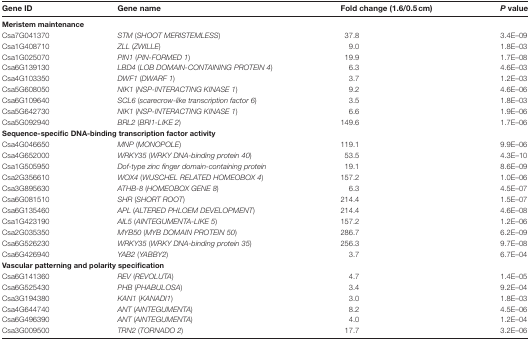
<table><thead><tr><td><b>Gene ID</b></td><td><b>Gene name</b></td><td><b>Fold change (1.6/0.5cm)</b></td><td><b><i>P</i> value</b></td></tr></thead><tbody><tr><td colspan="4"><b>Meristem maintenance</b></td></tr><tr><td>Csa7G041370</td><td><i>STM</i> (<i>SHOOT MERISTEMLESS</i>)</td><td>37.8</td><td>3.4E–09</td></tr><tr><td>Csa1G408710</td><td><i>ZLL</i> (<i>ZWILLE</i>)</td><td>9.0</td><td>1.8E–03</td></tr><tr><td>Csa1G025070</td><td><i>PIN1</i> (<i>PIN-FORMED 1</i>)</td><td>19.9</td><td>1.7E–08</td></tr><tr><td>Csa6G139130</td><td><i>LBD4</i> (<i>LOB DOMAIN-CONTAINING PROTEIN 4</i>)</td><td>6.3</td><td>4.6E–03</td></tr><tr><td>Csa4G103350</td><td><i>DWF1</i> (<i>DWARF 1</i>)</td><td>3.7</td><td>1.2E–03</td></tr><tr><td>Csa5G608050</td><td><i>NIK1</i> (<i>NSP-INTERACTING KINASE 1</i>)</td><td>9.2</td><td>4.6E–06</td></tr><tr><td>Csa6G109640</td><td><i>SCL6</i> (<i>scarecrow-like transcription factor 6</i>)</td><td>3.5</td><td>1.8E–03</td></tr><tr><td>Csa5G642730</td><td><i>NIK1</i> (<i>NSP-INTERACTING KINASE 1</i>)</td><td>6.6</td><td>1.9E–06</td></tr><tr><td>Csa5G092940</td><td><i>BRL2</i> (<i>BRI1-LIKE 2</i>)</td><td>149.6</td><td>1.7E–06</td></tr><tr><td colspan="4"><b>Sequence-specific DNA-binding transcription factor activity</b></td></tr><tr><td>Csa4G046650</td><td><i>MNP</i> (<i>MONOPOLE</i>)</td><td>119.1</td><td>9.9E–06</td></tr><tr><td>Csa4G652000</td><td><i>WRKY35</i> (<i>WRKY DNA-binding protein 40</i>)</td><td>53.5</td><td>4.3E–10</td></tr><tr><td>Csa1G505950</td><td><i>Dof-type zinc finger domain-containing protein</i></td><td>19.1</td><td>8.6E–09</td></tr><tr><td>Csa2G356610</td><td><i>WOX4</i> (<i>WUSCHEL RELATED HOMEOBOX 4</i>)</td><td>157.2</td><td>1.0E–06</td></tr><tr><td>Csa3G895630</td><td><i>ATHB-8</i> (<i>HOMEOBOX GENE 8</i>)</td><td>6.3</td><td>4.5E–07</td></tr><tr><td>Csa6G081510</td><td><i>SHR</i> (<i>SHORT ROOT</i>)</td><td>214.4</td><td>1.5E–07</td></tr><tr><td>Csa6G135460</td><td><i>APL</i> (<i>ALTERED PHLOEM DEVELOPMENT</i>)</td><td>214.4</td><td>4.6E–08</td></tr><tr><td>Csa1G423190</td><td><i>AIL5</i> (<i>AINTEGUMENTA-LIKE 5</i>)</td><td>157.2</td><td>1.2E–06</td></tr><tr><td>Csa2G035350</td><td><i>MYB50</i> (<i>MYB DOMAIN PROTEIN 50</i>)</td><td>286.7</td><td>6.2E–09</td></tr><tr><td>Csa6G526230</td><td><i>WRKY35</i> (<i>WRKY DNA-binding protein 35</i>)</td><td>256.3</td><td>9.7E–08</td></tr><tr><td>Csa6G426940</td><td><i>YAB2</i> (<i>YABBY2</i>)</td><td>3.7</td><td>6.7E–04</td></tr><tr><td colspan="4"><b>Vascular patterning and polarity specification</b></td></tr><tr><td>Csa6G141360</td><td><i>REV</i> (<i>REVOLUTA</i>)</td><td>4.7</td><td>1.4E–05</td></tr><tr><td>Csa6G525430</td><td><i>PHB</i> (<i>PHABULOSA</i>)</td><td>3.4</td><td>9.2E–04</td></tr><tr><td>Csa3G194380</td><td><i>KAN1</i> (<i>KANADI1</i>)</td><td>3.0</td><td>1.8E–03</td></tr><tr><td>Csa4G644740</td><td><i>ANT</i> (<i>AINTEGUMENTA</i>)</td><td>8.2</td><td>4.5E–06</td></tr><tr><td>Csa6G496390</td><td><i>ANT</i> (<i>AINTEGUMENTA</i>)</td><td>4.0</td><td>1.2E–04</td></tr><tr><td>Csa3G009500</td><td><i>TRN2</i> (<i>TORNADO 2</i>)</td><td>17.7</td><td>3.2E–06</td></tr></tbody></table>